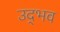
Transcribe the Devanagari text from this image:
उद्‌भव